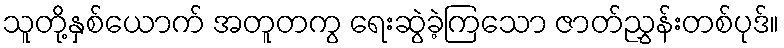
သူတို့နှစ်ယောက် အတူတကွ ရေးဆွဲခဲ့ကြသော ဇာတ်ညွှန်းတစ်ပုဒ်။